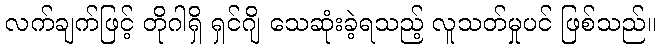
လက်ချက်ဖြင့် တိုဂါရှိ ရှင်ဂျိ သေဆုံးခဲ့ရသည့် လူသတ်မှုပင် ဖြစ်သည်။